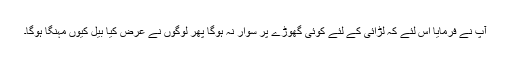
آپ نے فرمایا اس لئے کہ لڑائی کے لئے کوئی گھوڑے پر سوار نہ ہوگا پھر لوگوں نے عرض کیا بیل کیوں مہنگا ہوگا۔